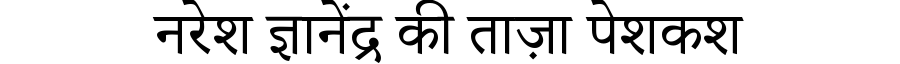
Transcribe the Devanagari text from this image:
नरेश ज्ञानेंद्र की ताज़ा पेशकश